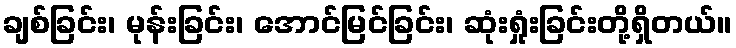
ချစ်ခြင်း၊ မုန်းခြင်း၊ အောင်မြင်ခြင်း၊ ဆုံးရှုံးခြင်းတို့ရှိတယ်။